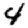
Digit: 4